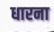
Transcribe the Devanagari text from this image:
धारना